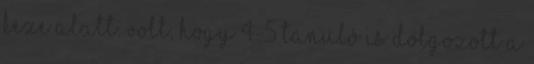
keze alatt. Volt, hogy 4-5 tanuló is dolgozott a